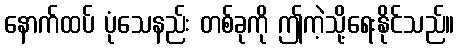
နောက်ထပ် ပုံသေနည်း တစ်ခုကို ဤကဲ့သို့ရေးနိုင်သည်။